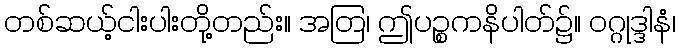
တစ်ဆယ့်ငါးပါးတို့တည်း။ အတြ၊ ဤပဉ္စကနိပါတ်၌။ ဝဂ္ဂုဒ္ဒါနံ၊